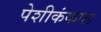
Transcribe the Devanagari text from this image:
पेशीकंकाल